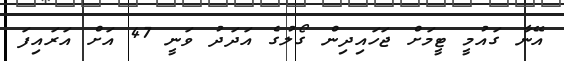
އޭނާ ގައުމީ ޓީމަށް ޖަހައިދިން ގޯލުގެ އަދަދު ވަނީ 47 އަށް އަރައިފަ